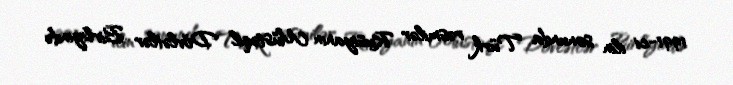
1991-ci ilin sonunda Türk rəsmilər Rusiyanın Müstəqil Dövlətlər Birliyində